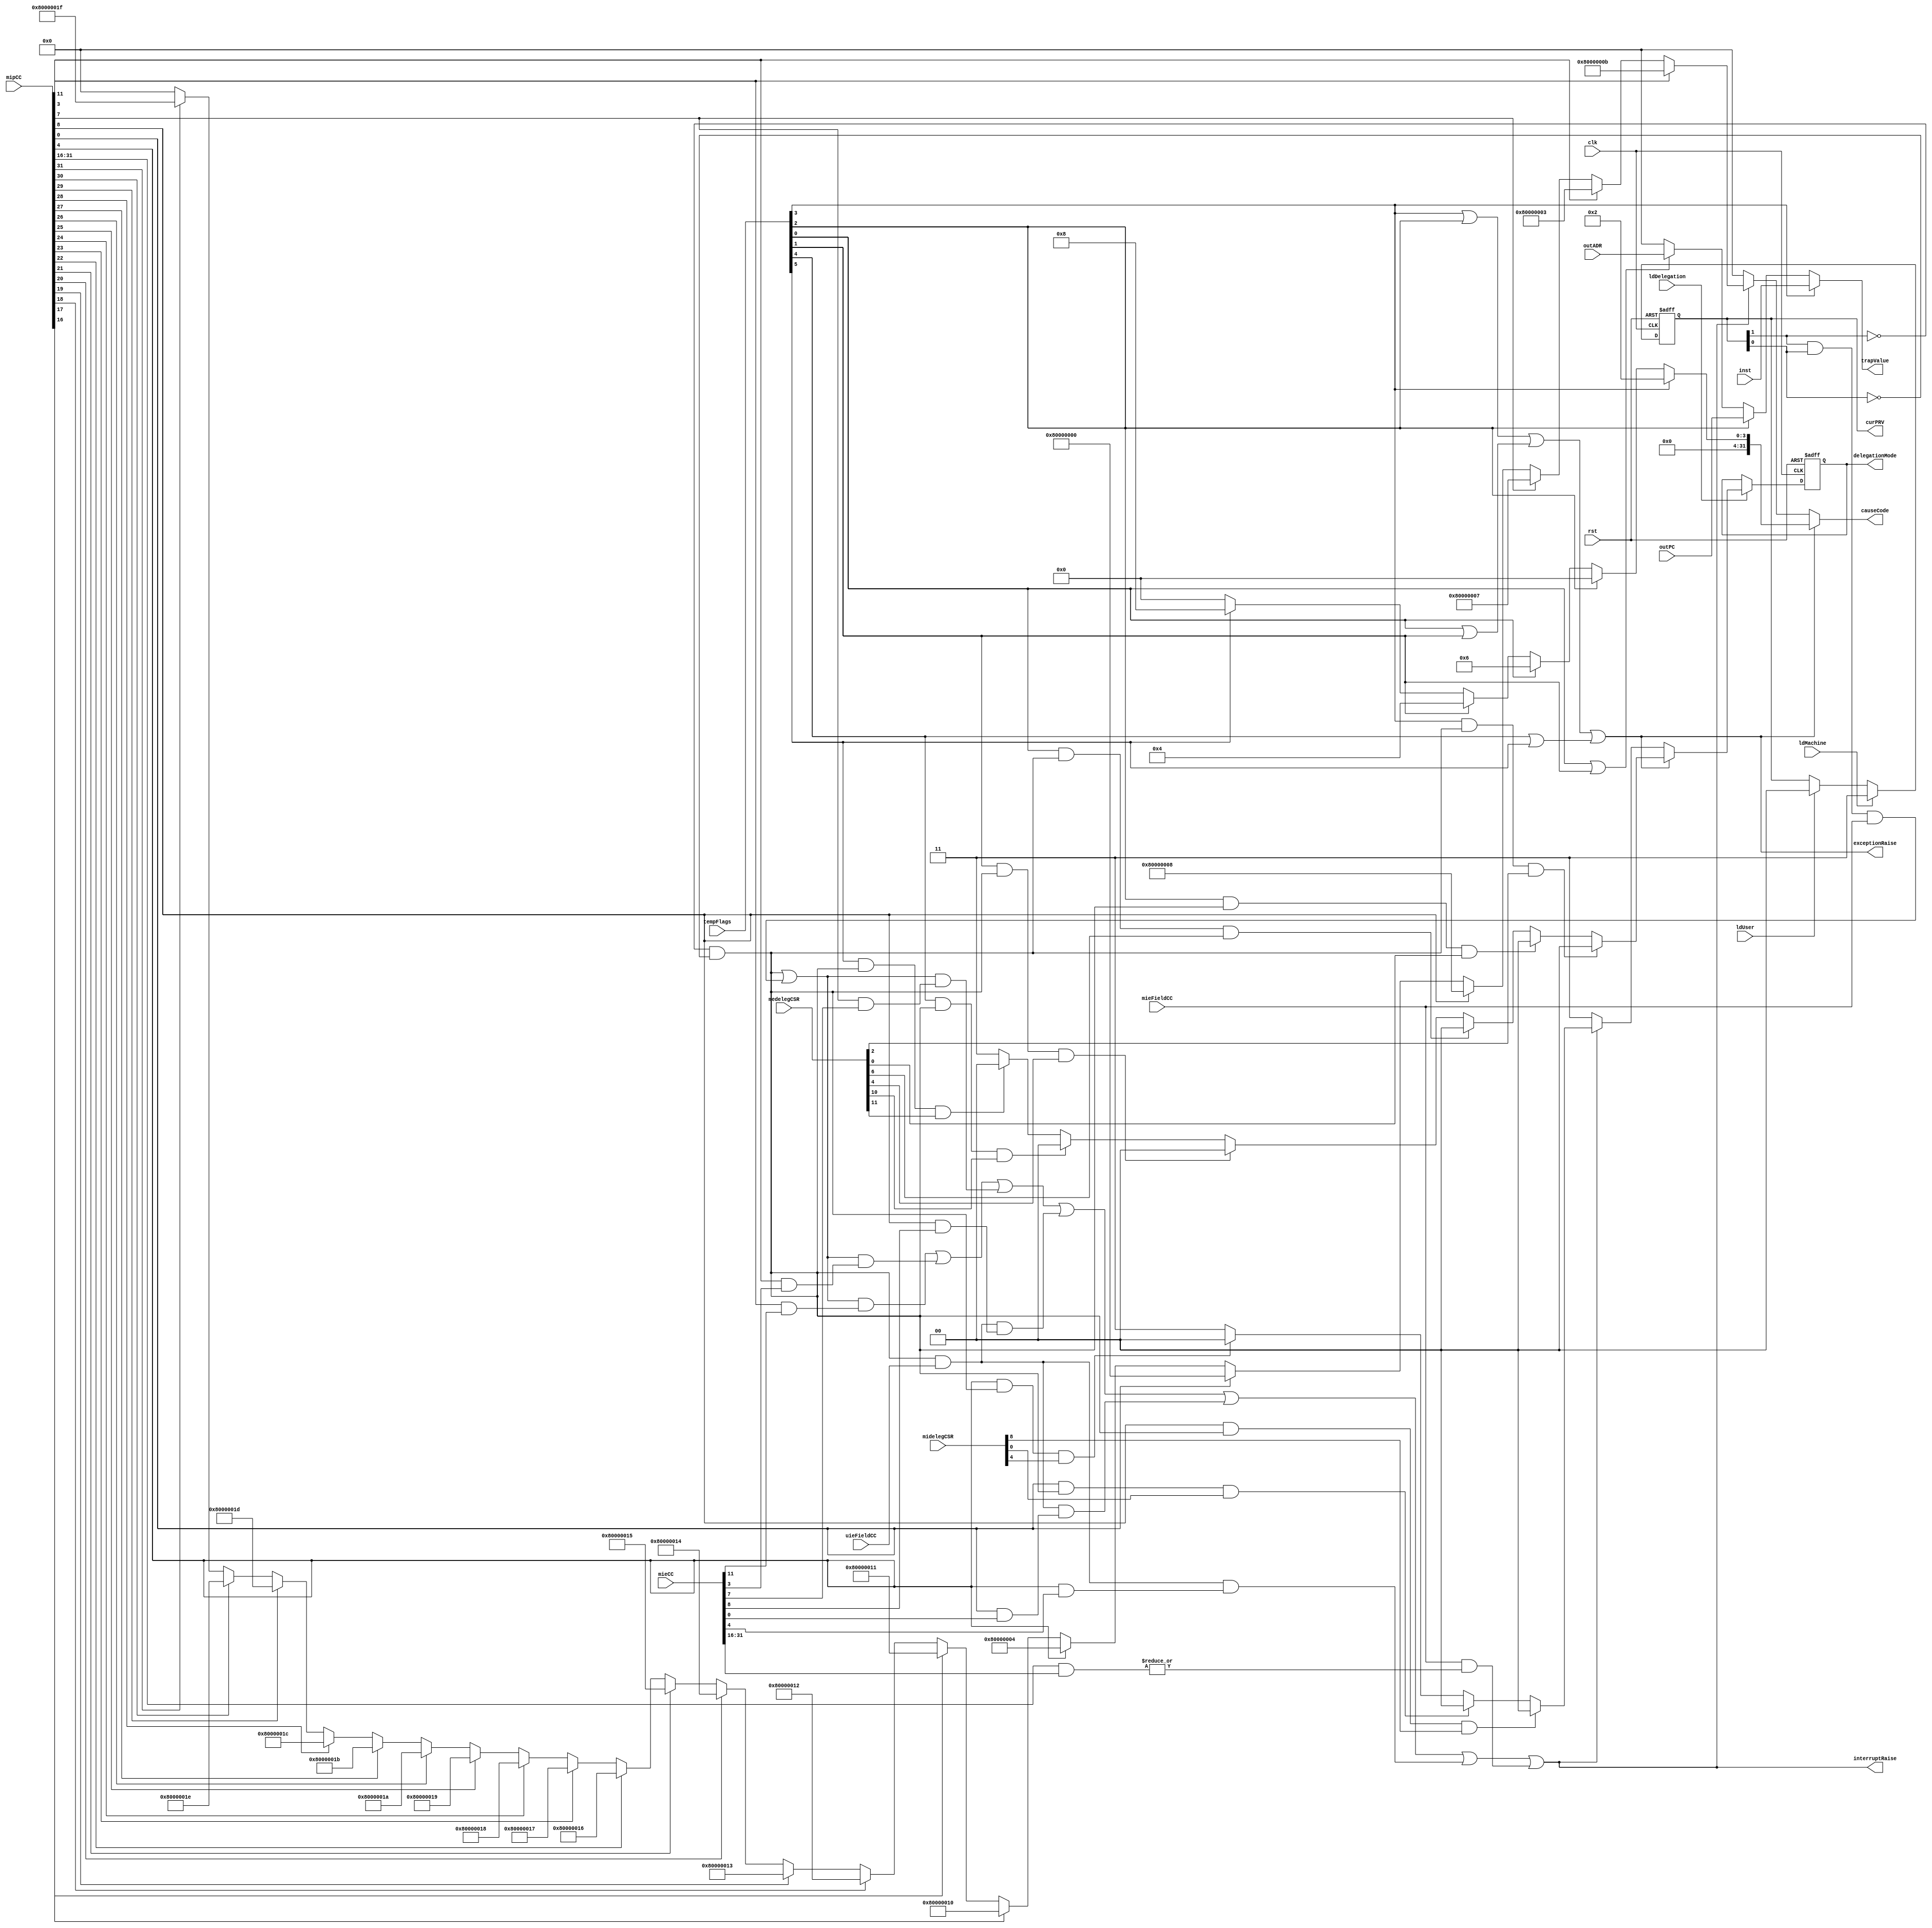
// **************************************************************************************
// Project: AFTAB
// Version: 1.0
// Date:
//
// Module Name: aftab_ICCD
// Description:
//
// Dependencies:
//
// File content description:
// aftab_ICCD for AFTAB interrupt
//
// **************************************************************************************
`timescale 1ns/1ns

module aftab_ICCD #(parameter len = 32)
(
	input clk,
	input rst,
	input [len-1 : 0] inst,
	input [len-1 : 0] outPC,
	input [len-1 : 0] outADR,
	input [len-1 : 0] mipCC,
	input [len-1 : 0] mieCC,
	input [len-1 : 0] midelegCSR,
	input [len-1 : 0] medelegCSR,
	input mieFieldCC,
	input uieFieldCC,
	input ldDelegation,
	input ldMachine,
	input ldUser,
	input [5:0] tempFlags,
	output interruptRaise,
	output exceptionRaise,
	output reg [1:0] delegationMode,
	output [1:0] curPRV,
	output reg [len-1 : 0] causeCode,
	output [len-1 : 0] trapValue
);

	wire interRaiseTemp;
    wire exceptionRaiseTemp;
	wire tempIllegalInstr;
    wire tempInstrAddrMisaligned;
    wire tempStoreAddrMisaligned;
    wire tempLoadAddrMisaligned;
    wire tempDividedByZero;
    wire tempEcallFlag;
    wire interRaiseReserved;
	reg [1:0] currentPRV;
    reg [1:0] delegationReg;
	wire [15:0] interReserved;
	wire interRaiseMachineExternal;
    wire interRaiseMachineSoftware;
    wire interRaiseMachineTimer;
    wire interRaiseUserExternal;
    wire interRaiseUserSoftware;
    wire interRaiseUserTimer;
    wire user;
    wire machine;

	always @(posedge clk, posedge rst)
	begin
		if(rst == 1'b1)
			currentPRV <= 2'b11;
		else
		begin
			if(ldMachine == 1'b1)
				currentPRV <= 2'b11;
			else if(ldUser == 1'b1)
				currentPRV <= 2'b00;
		end
	end

	assign curPRV = currentPRV;

	always @(posedge clk, posedge rst)
	begin
		if(rst == 1'b1)
			delegationMode <= 2'b00;
		else
		begin
			if(ldDelegation == 1'b1)
				delegationMode <= delegationReg;
		end
	end

	// Current Mode
	assign user = ~(currentPRV[1]) & ~(currentPRV[0]);
	assign machine = currentPRV[1] & currentPRV[0];

	// Exception Flags
	assign tempEcallFlag = tempFlags[5];
	assign tempDividedByZero = tempFlags[4];
	assign tempIllegalInstr = tempFlags[3];
	assign tempInstrAddrMisaligned = tempFlags[2];
	assign tempLoadAddrMisaligned = tempFlags[1];
	assign tempStoreAddrMisaligned = tempFlags[0];
	assign exceptionRaiseTemp = ((tempIllegalInstr | tempInstrAddrMisaligned) |
								 (tempStoreAddrMisaligned | tempLoadAddrMisaligned)) |
								  (tempDividedByZero | tempEcallFlag);
	assign exceptionRaise = exceptionRaiseTemp;

	// Interrupt Source
	assign interRaiseMachineExternal = (user | (machine & mieFieldCC)) &
								 	   (mipCC[11] & mieCC[11]);
	assign interRaiseMachineSoftware = (user | (machine & mieFieldCC)) &
								 	   (mipCC[3] & mieCC[3]);
	assign interRaiseMachineTimer = (user | (machine & mieFieldCC)) &
					             	(mipCC[7] & mieCC[7]);
	assign interRaiseUserExternal = (user & uieFieldCC) & (mipCC[8] & mieCC[8]);
	assign interRaiseUserSoftware = (user & uieFieldCC) & (mipCC[0] & mieCC[0]);
	assign interRaiseUserTimer = (user & uieFieldCC) & (mipCC[4] & mieCC[4]);

	assign interReserved = (mipCC[31:16] & mieCC[31:16]);
	assign interRaiseReserved = mieFieldCC & (|{interReserved});


	assign interRaiseTemp = interRaiseMachineExternal | interRaiseMachineSoftware |
							interRaiseMachineTimer | interRaiseUserExternal |
							interRaiseUserSoftware | interRaiseUserTimer |
							interRaiseReserved;
	assign interruptRaise = interRaiseTemp;

	// causeCodeGeneration
	always @( exceptionRaiseTemp, tempIllegalInstr, tempInstrAddrMisaligned,
			  tempStoreAddrMisaligned, tempLoadAddrMisaligned, tempDividedByZero,
			  tempEcallFlag, interRaiseTemp, mipCC
			)
	begin
		if(exceptionRaiseTemp == 1'b1)
		begin
			if (tempIllegalInstr == 1'b1)
				causeCode <= {1'b0, {(len-3){1'b0}}, (2'd2)};
			else if(tempInstrAddrMisaligned == 1'b1)
				causeCode <= {1'b0, {(len-1){1'b0}}};
			else if(tempStoreAddrMisaligned == 1'b1)
				causeCode <= {1'b0, {(len-4){1'b0}}, (3'd6)};
			else if(tempLoadAddrMisaligned == 1'b1)
				causeCode <= {1'b0, {(len-4){1'b0}}, (3'd4)};
			else if(tempEcallFlag == 1'b1)
				causeCode <= {1'b0, {(len-5){1'b0}}, (4'd8)}; // ecall from user
			else
				causeCode <= {(len){1'b0}};
		end
		else if(interRaiseTemp == 1'b1)
		begin
			if   (mipCC[11] == 1'b1)
				causeCode <= {1'b1, {(len-5){1'b0}}, (4'd11)};
			else if(mipCC[3] == 1'b1)
				causeCode <= {1'b1, {(len-3){1'b0}}, (2'd3)};
			else if(mipCC[7] == 1'b1)
				causeCode <= {1'b1, {(len-4){1'b0}}, (3'd7)};
			else if(mipCC[8] == 1'b1)
				causeCode <= {1'b1, {(len-5){1'b0}}, (4'd8)};
			else if(mipCC[0] == 1'b1)
				causeCode <= {1'b1, {(len-1){1'b0}}};
			else if(mipCC[4] == 1'b1)
				causeCode <= {1'b1, {(len-4){1'b0}}, (3'd4)};
			// for reserved
			else if(mipCC[16] == 1'b1)
				causeCode <= {1'b1, {(len-6){1'b0}}, (5'd16)};
			else if(mipCC[17] == 1'b1)
				causeCode <= {1'b1, {(len-6){1'b0}}, (5'd17)};
			else if(mipCC[18] == 1'b1)
				causeCode <= {1'b1, {(len-6){1'b0}}, (5'd18)};
			else if(mipCC[19] == 1'b1)
				causeCode <= {1'b1, {(len-6){1'b0}}, (5'd19)};
			else if(mipCC[20] == 1'b1)
				causeCode <= {1'b1, {(len-6){1'b0}}, (5'd20)};
			else if(mipCC[21] == 1'b1)
				causeCode <= {1'b1, {(len-6){1'b0}}, (5'd21)};
			else if(mipCC[22] == 1'b1)
				causeCode <= {1'b1, {(len-6){1'b0}}, (5'd22)};
			else if(mipCC[23] == 1'b1)
				causeCode <= {1'b1, {(len-6){1'b0}}, (5'd23)};
			else if(mipCC[24] == 1'b1)
				causeCode <= {1'b1, {(len-6){1'b0}}, (5'd24)};
			else if(mipCC[25] == 1'b1)
				causeCode <= {1'b1, {(len-6){1'b0}}, (5'd25)};
			else if(mipCC[26] == 1'b1)
				causeCode <= {1'b1, {(len-6){1'b0}}, (5'd26)};
			else if(mipCC[27] == 1'b1)
				causeCode <= {1'b1, {(len-6){1'b0}}, (5'd27)};
			else if(mipCC[28] == 1'b1)
				causeCode <= {1'b1, {(len-6){1'b0}}, (5'd28)};
			else if(mipCC[29] == 1'b1)
				causeCode <= {1'b1, {(len-6){1'b0}}, (5'd29)};
			else if(mipCC[30] == 1'b1)
				causeCode <= {1'b1, {(len-6){1'b0}}, (5'd30)};
			else if(mipCC[31] == 1'b1)
				causeCode <= {1'b1, {(len-6){1'b0}}, (5'd31)};
			else
				causeCode <= {(len){1'b0}};
		end
		else
			causeCode <= {(len){1'b0}};
	end

	// delegationCheck
	always @(exceptionRaiseTemp, interRaiseTemp, tempIllegalInstr,
			 tempInstrAddrMisaligned, tempStoreAddrMisaligned, tempDividedByZero,
			 tempLoadAddrMisaligned, tempEcallFlag,
			 mipCC, machine, user, medelegCSR, midelegCSR
			)
	begin
		if (exceptionRaiseTemp == 1'b1)
		begin
			if (tempIllegalInstr == 1'b1 && user == 1'b1 && medelegCSR[2] == 1'b1)
				delegationReg <= 2'b00;
			else if(tempInstrAddrMisaligned == 1'b1 && user == 1'b1 && medelegCSR[0] == 1'b1)
				delegationReg <= 2'b00;
			else if(tempStoreAddrMisaligned == 1'b1 && user == 1'b1 && medelegCSR[6] == 1'b1)
				delegationReg <= 2'b00;
			else if(tempLoadAddrMisaligned == 1'b1 && user == 1'b1 && medelegCSR[4] == 1'b1)
				delegationReg <= 2'b00;
			else if(tempDividedByZero == 1'b1 && user == 1'b1 && medelegCSR[10] == 1'b1)
				delegationReg <= 2'b00;
			else if(tempEcallFlag == 1'b1 && user == 1'b1 && medelegCSR[11] == 1'b1)
				delegationReg <= 2'b00;
			else
				delegationReg <= 2'b11;
		end
		else if(interRaiseTemp == 1'b1)
		begin
			if (mipCC[8] == 1'b1 && user == 1'b1 && midelegCSR[8] == 1'b1)
				delegationReg <= 2'b00;
			else if(mipCC[0] == 1'b1 && user == 1'b1 && midelegCSR[0] == 1'b1)
				delegationReg <= 2'b00;
			else if(mipCC[4] == 1'b1 && user == 1'b1 && midelegCSR[4] == 1'b1)
				delegationReg <= 2'b00;
			else
				delegationReg <= 2'b11; // Also for the 16 reserved interrupts
		end
		else
			delegationReg <= 2'b11;
	end

	assign trapValue = (tempIllegalInstr == 1'b1) ? inst :
					   (tempInstrAddrMisaligned == 1'b1) ? outPC :
					   (tempStoreAddrMisaligned == 1'b1 || tempLoadAddrMisaligned == 1'b1) ? outADR :
					   {(len){1'b0}};
endmodule